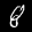
Label: 8